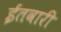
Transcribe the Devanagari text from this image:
ईतवारी